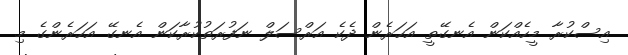
އިސްކުރާ މީހެއްކަން އެނގޭތީ އަހަރެން ދެކެ އަރްސަލް ނަފުރަތުކުރާކަން އެނގޭ އަހަރެންގެ މި